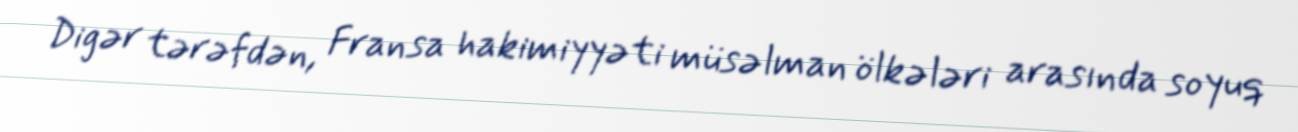
Digər tərəfdən, Fransa hakimiyyəti müsəlman ölkələri arasında soyuq